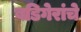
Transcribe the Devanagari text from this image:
बडिगेरांचे